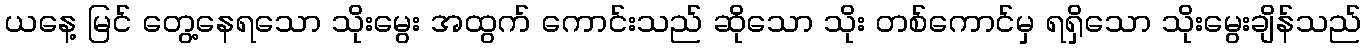
ယနေ့ မြင် တွေ့နေရသော သိုးမွေး အထွက် ကောင်းသည် ဆိုသော သိုး တစ်ကောင်မှ ရရှိသော သိုးမွေးချိန်သည်